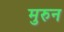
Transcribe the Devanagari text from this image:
मुरुन